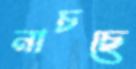
নাচছে